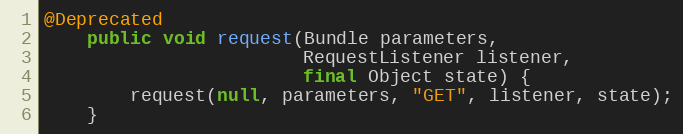
Language: Java
@Deprecated
    public void request(Bundle parameters,
                        RequestListener listener,
                        final Object state) {
        request(null, parameters, "GET", listener, state);
    }